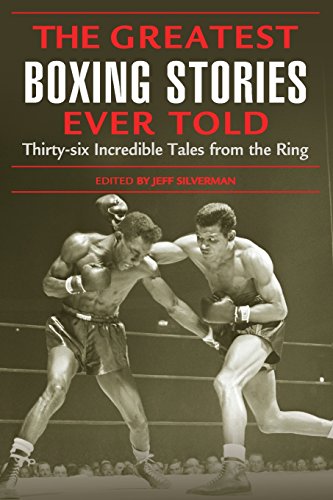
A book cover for Greatest Boxing Stories Ever Told: Thirty-Six Incredible Tales From The Ring; Sports & Outdoors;